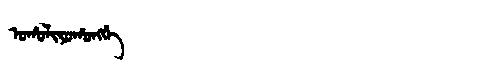
Manchu: ᠣᡥᠣᠯᡳᠶᠣᡥᠣᠩᡤᡝ
Romanization: OHOLIYOHONGGE